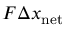
F \Delta x _ { \mathrm { n e t } }